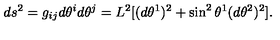
d s ^ { 2 } = g _ { i j } d \theta ^ { i } d \theta ^ { j } = L ^ { 2 } [ ( d \theta ^ { 1 } ) ^ { 2 } + \sin ^ { 2 } \theta ^ { 1 } ( d \theta ^ { 2 } ) ^ { 2 } ] .